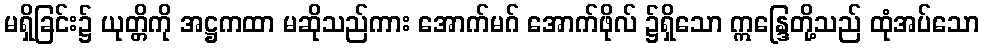
မရှိခြင်း၌ ယုတ္တိကို အဋ္ဌကထာ မဆိုသည်ကား အောက်မဂ် အောက်ဖိုလ် ၌ရှိသော ဣန္ဒြေတို့သည် ထုံအပ်သော